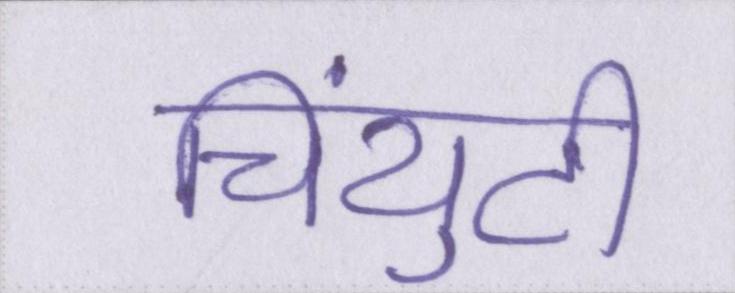
चिंयुटी